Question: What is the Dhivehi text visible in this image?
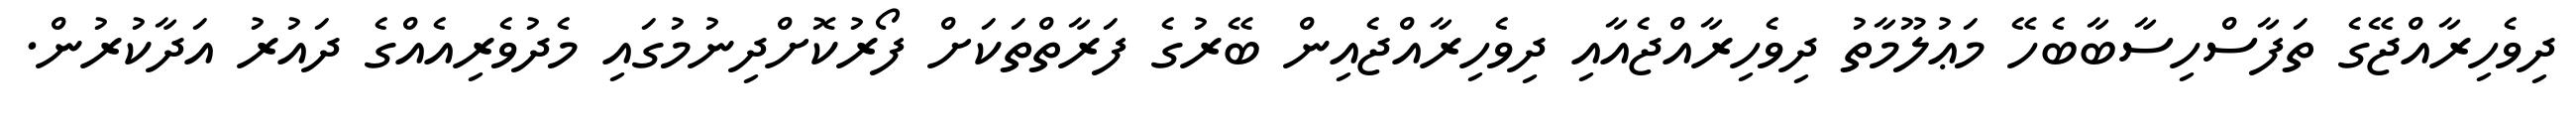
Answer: ދިވެހިރާއްޖޭގެ ތަފާސްހިސާބާބެހޭ މަޢުލޫމާތު ދިވެހިރާއްޖެއާއި ދިވެހިރާއްޖެއިން ބޭރުގެ ފަރާތްތަކަށް ފޯރުކޮށްދިނުމުގައި މެދުވެރިއެއްގެ ދައުރު އަދާކުރުން.